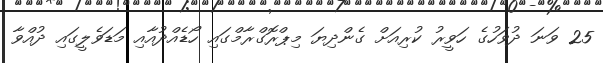
25 ވަނަ ދުވަހުގެ ހަވީރު ކުރިއަށް ގެންދިޔަ މިޕްރޮގްރާމްގައި ހޯޑެއްދުއާއި މަޑަވެލީގައި ދުއްވާ